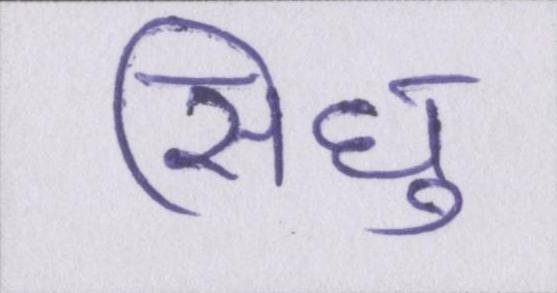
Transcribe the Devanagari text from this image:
सिंधु